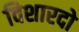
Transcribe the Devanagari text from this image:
विशारदो